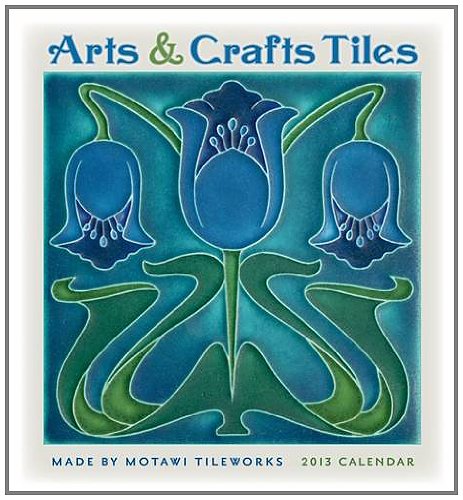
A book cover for Arts & Crafts Tiles 2013 Calendar; Motawi Tileworks; Calendars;